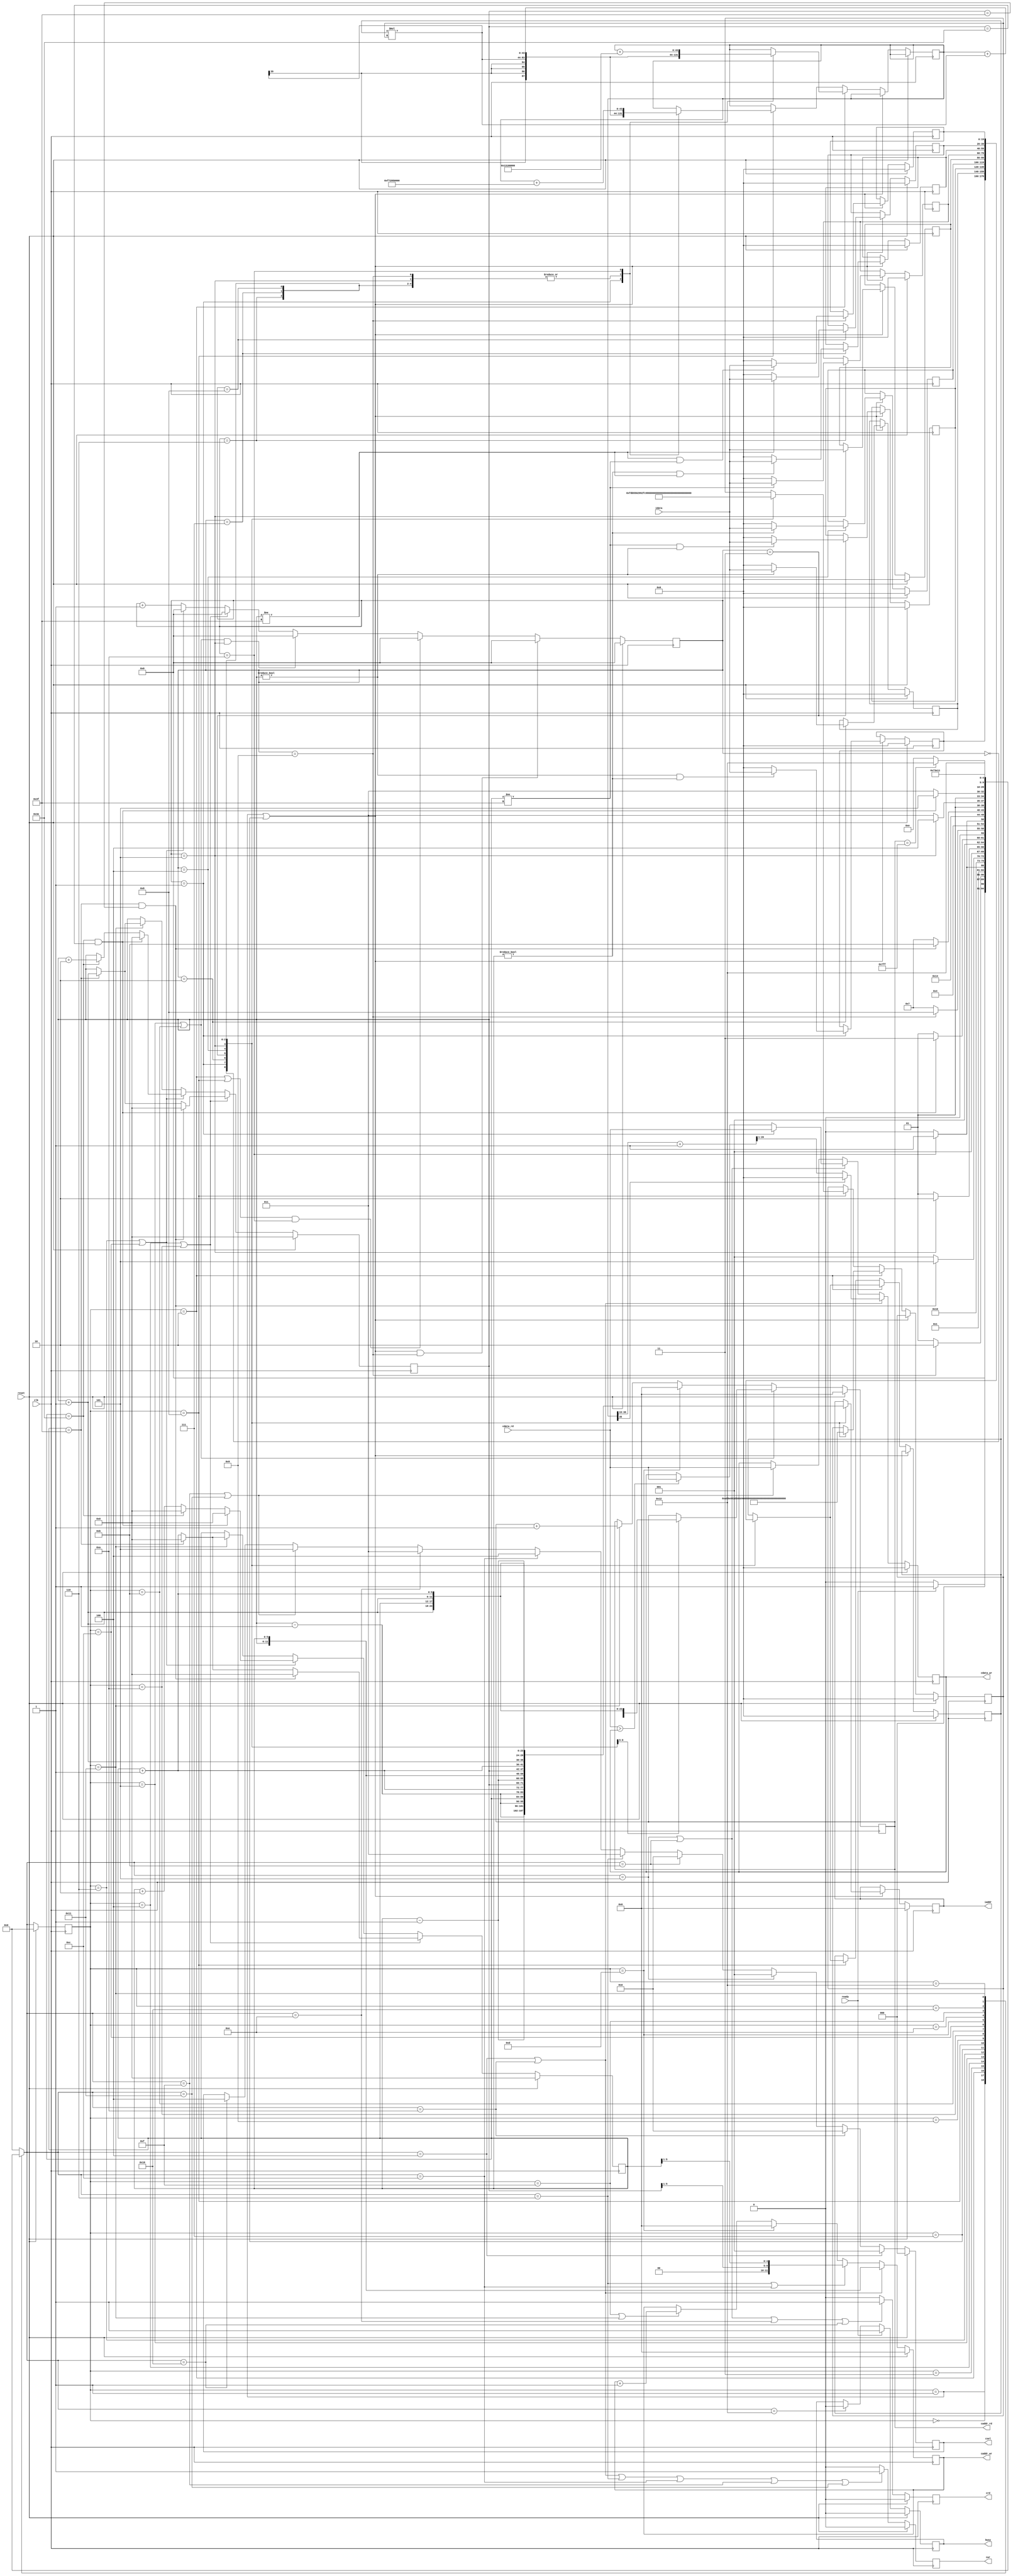

`timescale 1ns/10ps

module  CONV(clk,reset,busy,ready,iaddr,idata,cwr,caddr_wr,cdata_wr,crd,caddr_rd,cdata_rd,csel);
input						clk;
input						reset;
output	reg					busy;	
input						ready;	
		
output	reg 		[11:0] 	iaddr;
input 				[19:0]	idata;	

output	reg 				cwr;
output	reg 		[11:0]	caddr_wr;
output  reg signed 	[19:0]	cdata_wr;

output	reg 				crd;
output	reg  		[11:0]	caddr_rd;
input				[19:0] 	cdata_rd;

output	reg 		[2:0] 	csel;
reg signed [19:0] buffer[0:8];
reg 				[4:0] 	current_state;
reg 				[4:0] 	next_state;
reg 				[5:0]	center_x;
reg 				[5:0]	center_y;
reg 				[3:0]	counter;
reg 	signed			[43:0] 	sum ;// 9 * idata(20 bits) * kernel(20 bits) + bias(20 bits) * 9 = 2^20 * 2^20 * 9 + 2^20 * 9 ~= 2^40 * 9 ~= 2^40 * 16 = 2^44
wire signed [20:0] tmp_res;
wire [5:0] x_left;
wire [5:0] x_right;
wire [5:0] y_up;
wire [5:0] y_buttom;
parameter INITIAL = 0;
parameter READ_K0 = 1;
parameter CONVOLUTION_K0 = 2;
parameter RELU_K0 = 3;
parameter WR_L0_K0 = 4;
parameter RD_L0_K0 = 5;
parameter WR_L1_K0 = 6;

parameter READ_K1 = 7;
parameter CONVOLUTION_K1 = 8;
parameter RELU_K1 = 9;
parameter WR_L0_K1 = 10;
parameter RD_L0_K1 = 11;
parameter WR_L1_K1 = 12;

parameter BREAK_POINT = 13;
parameter RD_L1_K0 = 14;
parameter WR_L2_K0 = 15;
parameter RD_L1_K1 = 16;
parameter WR_L2_K1 = 17;
parameter FINISH = 18;

parameter signed K0_0 = 20'h0A89E;
parameter signed K0_1 = 20'h092D5;
parameter signed K0_2 = 20'h06D43;
parameter signed K0_3 = 20'h01004;
parameter signed K0_4 = 20'hF8F71;
parameter signed K0_5 = 20'hF6E54;
parameter signed K0_6 = 20'hFA6D7;
parameter signed K0_7 = 20'hFC834;
parameter signed K0_8 = 20'hFAC19;
parameter bias_0 = 20'h01310;

parameter signed K1_0 = 20'hFDB55;
parameter signed K1_1 = 20'h02992;
parameter signed K1_2 = 20'hFC994;
parameter signed K1_3 = 20'h050FD;
parameter signed K1_4 = 20'h02F20;
parameter signed K1_5 = 20'h0202D;
parameter signed K1_6 = 20'h03BD7;
parameter signed K1_7 = 20'hFD369;
parameter signed K1_8 = 20'h05E68;
parameter bias_1 = 20'hF7295;

assign tmp_res = sum[35:15] + 21'd1;
assign x_left = center_x - 1;
assign x_right = center_x + 1;
assign y_up = center_y - 1;
assign y_buttom = center_y + 1;
reg signed [19:0] tmp1_mul;
reg signed [19:0] tmp2_mul;
wire signed [43:0] mul;
assign mul = tmp1_mul * tmp2_mul;
// state register
always @(posedge clk) begin
	if(reset)
		current_state <= INITIAL;
	else
		current_state <= next_state;
end

// next state logic 
always @(*) begin
case(current_state)
INITIAL:
	next_state = (ready)?READ_K0: INITIAL;
READ_K0:
	next_state = (counter == 4'd9)?CONVOLUTION_K0: READ_K0;
CONVOLUTION_K0:
	next_state = (counter == 4'd10)?RELU_K0: CONVOLUTION_K0;
RELU_K0:
	next_state = WR_L0_K0;
WR_L0_K0:
	next_state = (center_x == 6'd63 && center_y == 6'd63)?RD_L0_K0:READ_K0;
RD_L0_K0:
	next_state = (counter == 4'd5)? WR_L1_K0:RD_L0_K0;
WR_L1_K0:
	next_state = (center_x == 6'd62 && center_y == 6'd62)?READ_K1:RD_L0_K0;

READ_K1:
	next_state = (counter == 4'd9)?CONVOLUTION_K1: READ_K1;
CONVOLUTION_K1:
	next_state = (counter == 4'd10)?RELU_K1: CONVOLUTION_K1;
RELU_K1:
	next_state = WR_L0_K1;
WR_L0_K1:
	next_state = (center_x == 6'd63 && center_y == 6'd63)?RD_L0_K1:READ_K1;
RD_L0_K1:
	next_state = (counter == 4'd5)? WR_L1_K1:RD_L0_K1;
WR_L1_K1:
	next_state = (center_x == 6'd62 && center_y == 6'd62)?BREAK_POINT:RD_L0_K1;

BREAK_POINT:
	next_state = RD_L1_K0;
RD_L1_K0:
	next_state = WR_L2_K0;
WR_L2_K0:
	next_state = RD_L1_K1;
RD_L1_K1:
	next_state = WR_L2_K1;
WR_L2_K1:
	next_state = (caddr_rd == 12'd2047)?FINISH: RD_L1_K0;
FINISH:
	next_state = FINISH;
default:
	next_state = INITIAL;
endcase
end

/* output */
// busy
always @(posedge clk)begin
	if(reset)
		busy <= 0;
	else if(ready)
		busy <= 1;
	else if(next_state == FINISH)
		busy <= 0;
end

// iaddr
always @(posedge clk)begin
	if(reset)
		iaddr <= 0;
	else if(current_state == READ_K0 || current_state == READ_K1)
	begin
		case (counter)
			4'd0:
				iaddr <= {y_up, x_left};
			4'd1:
				iaddr <= {y_up, center_x};
			4'd2:
				iaddr <= {y_up, x_right};
			4'd3:
				iaddr <= {center_y, x_left};
			4'd4:
				iaddr <= {center_y, center_x};
			4'd5:
				iaddr <= {center_y, x_right};
			4'd6:
				iaddr <= {y_buttom, x_left};
			4'd7:
				iaddr <= {y_buttom, center_x};
			4'd8:
				iaddr <= {y_buttom, x_right};
		endcase
	end
end
// cwr
always @(posedge clk)begin
	if(reset)
		cwr <= 0;
	else if(next_state == WR_L0_K0 || next_state == WR_L0_K1 || next_state == WR_L1_K0 || next_state == WR_L1_K1 || next_state == WR_L2_K0 || next_state == WR_L2_K1)
		cwr <= 1;
	else 
		cwr <= 0;
end

// caddr_wr
always @(posedge clk)begin
	if(reset)
		caddr_wr <= 0;
	else if(next_state == WR_L0_K0 || next_state == WR_L0_K1 )
		caddr_wr <= {center_y, center_x};
	else if(next_state == WR_L1_K0 || next_state == WR_L1_K1)
		caddr_wr <= {center_y[5:1], center_x[5:1]};
	else if (current_state == BREAK_POINT)
		caddr_wr <= 0;
	else if(current_state == WR_L2_K0 || current_state == WR_L2_K1)
		caddr_wr <= caddr_wr + 1;
end
// cdata_wr
always @(posedge clk)begin
	if(reset)
		cdata_wr <= 0;
	else if(next_state == WR_L0_K0 || next_state == WR_L0_K1 )
		cdata_wr <= (sum[35])?0:tmp_res[20:1];
	else if(next_state == RD_L0_K0 || next_state == RD_L0_K1)
	begin
		if(counter == 4'd1)
			cdata_wr <= cdata_rd;
		else if(cdata_rd > cdata_wr)
			cdata_wr <= cdata_rd;
	end
	else if(next_state == WR_L2_K0 || next_state == WR_L2_K1)
		cdata_wr <= cdata_rd;
end
// crd
always @(posedge clk)begin
	if(reset)
		crd <= 0;
	else if(next_state == RD_L0_K0 || next_state == RD_L0_K1 || next_state == RD_L1_K0 || next_state == RD_L1_K1)
		crd <= 1;
	else 
		crd <= 0;
end
// caddr_rd
always @(posedge clk)begin
	if(reset)
		caddr_rd <= 0;
	else if(current_state == RD_L0_K0 || current_state == RD_L0_K1)
	begin
		case (counter)
			4'd0:
				caddr_rd <= {center_y, center_x};
			4'd1:
				caddr_rd <= {center_y, x_right};
			4'd2:
				caddr_rd <= {y_buttom, center_x};
			4'd3:
				caddr_rd <= {y_buttom, x_right};
		endcase
	end
	else if(current_state == BREAK_POINT)
		caddr_rd <= 0;
	else if(current_state == WR_L2_K1)
		caddr_rd <= caddr_rd + 1;
end
// csel
always @(posedge clk)begin
	if(reset)
		csel <= 0;
	else if(next_state == WR_L0_K0)
		csel <= 3'b001;
	else if(next_state == WR_L0_K1)
		csel <= 3'b010;
	else if(next_state == RD_L0_K0)
		csel <= 3'b001;
	else if(next_state == RD_L0_K1)
		csel <= 3'b010;
	else if(next_state == WR_L1_K0)
		csel <= 3'b011;
	else if(next_state == WR_L1_K1)
		csel <= 3'b100;
	else if(next_state == RD_L1_K0)
		csel <= 3'b011;
	else if(next_state == WR_L2_K0 || next_state == WR_L2_K1)
		csel <= 3'b101;
	else if(next_state == RD_L1_K1)
		csel <= 3'b100; 
end

/* datapath */ 
// counter
always @(posedge clk)begin
if(reset)
	counter <= 0;
else if((current_state == READ_K0||current_state == READ_K1)&& counter == 4'd9)
	counter <= 0;
else if((current_state == CONVOLUTION_K0 || current_state == CONVOLUTION_K1) && counter == 4'd10)
	counter <= 0;
else if((current_state == RD_L0_K0 || current_state == RD_L0_K1) && counter == 4'd5)
	counter <= 0;
else if(current_state == WR_L0_K0 || current_state == WR_L0_K1)
	counter <= 0;
else if(current_state == WR_L1_K0 || current_state == WR_L1_K1)
	counter <= 0;
else
	counter <= counter + 1;


end

// buffer and tmp1 and tmp2
always @(posedge clk) begin
	if(reset)
	begin
		buffer[0] <= 0;
		buffer[1] <= 0;
		buffer[2] <= 0;
		buffer[3] <= 0;
		buffer[4] <= 0;
		buffer[5] <= 0;
		buffer[6] <= 0;
		buffer[7] <= 0;
		buffer[8] <= 0;
		// tmp1_add <= 0;
		tmp1_mul <= 0;
		// tmp2_add <= 0;
		tmp2_mul <= 0;
	end
	else if(current_state == READ_K0 || current_state == READ_K1)
		case (counter)
			4'd1:
				buffer[0] <= (center_y!=0 && center_x !=0) ? idata : 0;
			4'd2:
				buffer[1] <= (center_y!=0)?idata : 0;
			4'd3:
				buffer[2] <= (center_x!=6'd63 && center_y!=0)?idata:0;
			4'd4:
				buffer[3] <= (center_x!=0)?idata:0;
			4'd5:
				buffer[4] <= idata;
			4'd6:
				buffer[5] <= (center_x!=6'd63)?idata:0;
			4'd7:
				buffer[6] <= (center_x!=0 && center_y != 6'd63)? idata:0;
			4'd8:
				buffer[7] <= (center_y!=6'd63)?idata:0;
			4'd9:
				buffer[8] <= (center_y!=6'd63 && center_x!= 6'd63)?idata:0;
		endcase
	else if(current_state == CONVOLUTION_K0)
		case (counter)
			4'd0:
			begin
				tmp1_mul <= buffer[0];
				tmp2_mul <= K0_0;
			end
			4'd1:
			begin
				sum <= mul;
				tmp1_mul <= buffer[1];
				tmp2_mul <= K0_1;
			end
			4'd2:
			begin
				sum <= sum + mul;
				tmp1_mul <= buffer[2];
				tmp2_mul <= K0_2;
			end
			4'd3:
			begin
				sum <= sum + mul;
				tmp1_mul <= buffer[3];
				tmp2_mul <= K0_3;
			end
			4'd4:
			begin
				sum <= sum + mul;
				tmp1_mul <= buffer[4];
				tmp2_mul <= K0_4;
			end
			4'd5:
			begin
				sum <= sum + mul;
				tmp1_mul <= buffer[5];
				tmp2_mul <= K0_5;
			end
			4'd6:
			begin
				sum <= sum + mul;
				tmp1_mul <= buffer[6];
				tmp2_mul <= K0_6;
			end
			4'd7:
			begin
				sum <= sum + mul;
				tmp1_mul <= buffer[7];
				tmp2_mul <= K0_7;
			end
			4'd8:
			begin
				sum <= sum + mul;
				tmp1_mul <= buffer[8];
				tmp2_mul <= K0_8;
			end
			4'd9:
				sum <= sum + mul;
			4'd10:
				sum <= sum + {bias_0, 16'b0};
		endcase
	else if(current_state == CONVOLUTION_K1)
		case (counter)
			4'd0:
			begin
				tmp1_mul <= buffer[0];
				tmp2_mul <= K1_0;
			end
			4'd1:
			begin
				sum <= mul;
				tmp1_mul <= buffer[1];
				tmp2_mul <= K1_1;
			end
			4'd2:
			begin
				sum <= sum + mul;
				tmp1_mul <= buffer[2];
				tmp2_mul <= K1_2;
			end
			4'd3:
			begin
				sum <= sum + mul;
				tmp1_mul <= buffer[3];
				tmp2_mul <= K1_3;
			end
			4'd4:
			begin
				sum <= sum + mul;
				tmp1_mul <= buffer[4];
				tmp2_mul <= K1_4;
			end
			4'd5:
			begin
				sum <= sum + mul;
				tmp1_mul <= buffer[5];
				tmp2_mul <= K1_5;
			end
			4'd6:
			begin
				sum <= sum + mul;
				tmp1_mul <= buffer[6];
				tmp2_mul <= K1_6;
			end
			4'd7:
			begin
				sum <= sum + mul;
				tmp1_mul <= buffer[7];
				tmp2_mul <= K1_7;
			end
			4'd8:
			begin
				sum <= sum + mul;
				tmp1_mul <= buffer[8];
				tmp2_mul <= K1_8;
			end
			4'd9:
				sum <= sum + mul;
			4'd10:
				sum <= sum + {bias_1, 16'b0};
		endcase
end

// center_x and center_y 
always @(posedge clk) begin
	if(reset)
	begin
		center_x <= 0;
		center_y <= 0;
	end
	else if(current_state == WR_L0_K0 || current_state == WR_L0_K1)
	begin
		if(center_x == 6'd63 && center_y == 6'd63)
		begin
			center_x <= 0;
			center_y <= 0;
		end
		else if(center_x == 6'd63)
		begin
			center_x <= 0;
			center_y <= center_y + 1;
		end
		else 
			center_x <= center_x + 1;
	end
	else if(current_state == WR_L1_K0 || current_state == WR_L1_K1)
	begin
		if(center_x == 6'd62 && center_y == 6'd62)
		begin
			center_x <= 0;
			center_y <= 0;
		end
		else if(center_x == 6'd62)
		begin
			center_x <= 0;
			center_y <= center_y + 2;
		end
		else 
			center_x <= center_x + 2;
	end
	else if(current_state == WR_L2_K1)
	begin
		if(center_x == 6'd63)
		begin
			center_x <= 0;
			center_y <= center_y + 1;
		end
		else
			center_x <= center_x + 1;
	end
end
endmodule